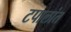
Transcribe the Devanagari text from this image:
टपालांत